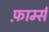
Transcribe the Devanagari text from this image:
फ़ार्म्स